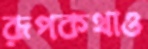
রূপকথাও